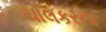
ચોલકરના